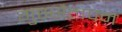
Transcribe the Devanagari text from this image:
गुस्सैलपन